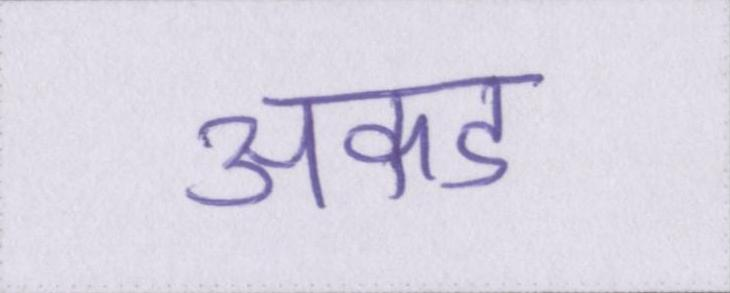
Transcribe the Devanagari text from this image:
अकड